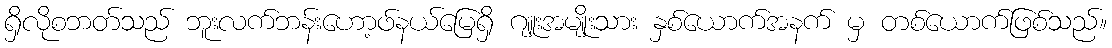
ရှိလိုစဘတ်သည် ဘူးလက်ဘန်းဟော့ဖ်နယ်မြေရှိ ဂျူးအမျိုးသား နှစ်ယောက်အနက် မှ တစ်ယောက်ဖြစ်သည်။